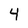
Character: 4